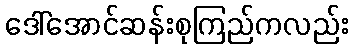
ဒေါ်အောင်ဆန်းစုကြည်ကလည်း